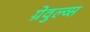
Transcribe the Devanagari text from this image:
ग्रेवुल्व्स